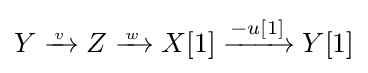
Y\xrightarrow {{} \atop v} Z\xrightarrow {{} \atop w} X[1]\xrightarrow {-u[1]} Y[1]